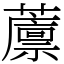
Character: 䕲